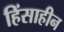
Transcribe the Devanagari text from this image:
हिंसाहीन